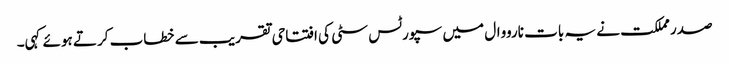
صدر مملکت نے یہ بات نارووال میں سپورٹس سٹی کی افتتاحی تقریب سے خطاب کرتے ہوئے کہی۔